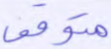
متوقف